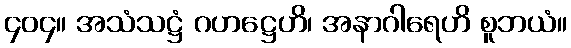
၄၀၄။ အသံသဋ္ဌံ ဂဟဋ္ဌေဟိ၊ အနာဂါရေဟိ စူဘယံ။